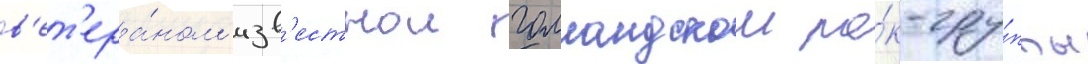
в'ет'ера́ном изв'естнои голландскои ро́к-гру́ппы